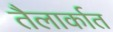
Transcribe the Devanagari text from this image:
तैलार्कात